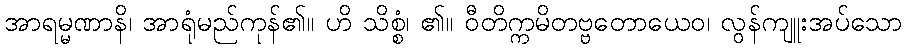
အာရမ္မဏာနိ၊ အာရုံမည်ကုန်၏။ ဟိ သိစ္စံ၊ ၏။ ဝီတိက္ကမိတဗ္ဗတောယေဝ၊ လွန်ကျူးအပ်သော